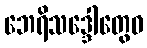
ဘေရိသဒ္ဒေါတွေဝ